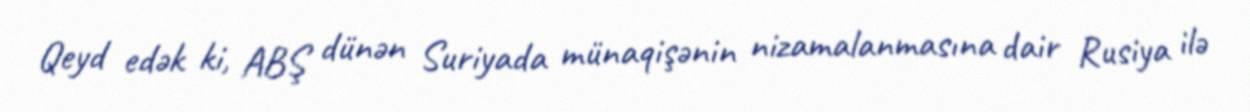
Qeyd edək ki, ABŞ dünən Suriyada münaqişənin nizamalanmasına dair Rusiya ilə